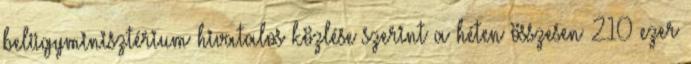
belügyminisztérium hivatalos közlése szerint a héten összesen 210 ezer